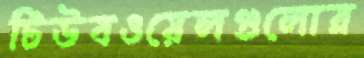
টিউবওয়েলগুলোর